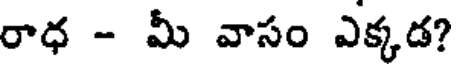
రాధ - మీ వాసం ఎక్కడ?